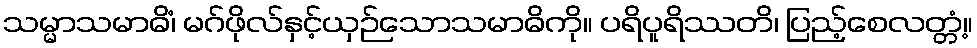
သမ္မာသမာဓိံ၊ မဂ်ဖိုလ်နှင့်ယှဉ်သောသမာဓိကို။ ပရိပူရိဿတိ၊ ပြည့်စေလတ္တံ့။